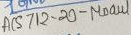
Text: ACS712-20-Moaul